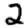
Digit: 2